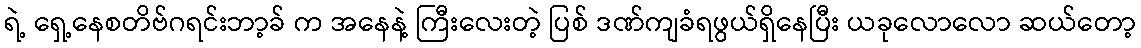
ရဲ့ ရှေ့နေစတိဗ်ဂရင်းဘာ့ခ် က အနေနဲ့ ကြီးလေးတဲ့ ပြစ် ဒဏ်ကျခံရဖွယ်ရှိနေပြီး ယခုလောလော ဆယ်တော့